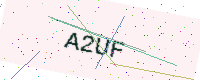
Text: A2UF